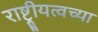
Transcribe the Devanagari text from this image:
राष्ट्रीयत्वच्या